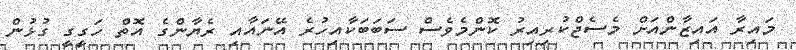
މައިރާ އައިޒާންއަށް މެސެޖްކުރިއިރު ކޮންމެވެސް ސަބަބަކާއިހުރެ އޭނައާއި ރެޔާންގެ އޮތް ހަގީގީ ގުޅުން